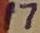
Text: 17